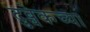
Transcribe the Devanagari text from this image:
दुब्चेकच्या